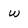
Character: w